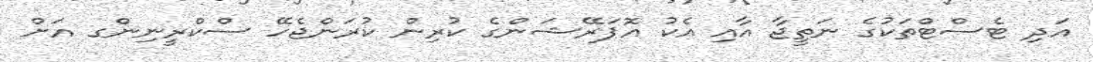
އަދި ޓެސްޓްތަކުގެ ނަތީޖާ އާއި އެކު އޮޕަރޭޝަންގެ ކުރިން ކުރަންޖެހޭ ސްކްރީނިންގ އަށް